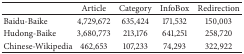
<table><thead><tr><td><b> </b></td><td><b> Article </b></td><td><b> Category </b></td><td><b> InfoBox </b></td><td><b> Redirection </b></td></tr></thead><tbody><tr><td> Baidu-Baike </td><td> 4,729,672 </td><td> 635,424 </td><td> 171,532 </td><td> 150,003 </td></tr><tr><td>Hudong-Baike </td><td> 3,680,773 </td><td> 213,176 </td><td> 641,251 </td><td> 258,720 </td></tr><tr><td>Chinese-Wikipedia </td><td> 462,653 </td><td> 107,233 </td><td> 74,293 </td><td> 322,922 </td></tr></tbody></table>